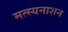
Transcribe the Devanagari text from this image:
मत्स्यनाशन